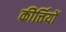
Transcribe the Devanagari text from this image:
कीर्त्तियों